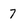
Character: 7